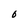
Character: 0